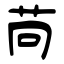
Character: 苘